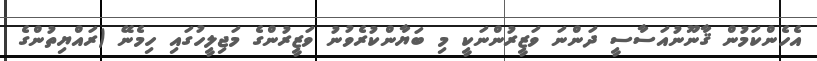
އެހެންކަމުން ޤާނޫނުއަސާސީ ދަންނަ ވަޒީރުންނަކީ މި ބަޔާންކުރެވުނު ވަޒީރުންގެ މަޖިލީހުގައި ހިމެނޭ (ރައްޔިތުންގެ